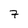
Character: 7